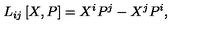
L _ { i j } \left[ X , P \right] = X ^ { i } P ^ { j } - X ^ { j } P ^ { i } ,